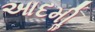
આદમીૢ